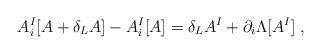
LaTeX: \begin{align*}A^I_i[A+\delta_L A]-A_i^I[A]=\delta_L A^I+\partial_i\Lambda[A^I]\;,\end{align*}